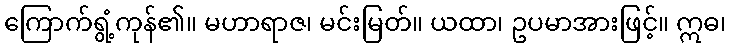
ကြောက်ရွံ့ကုန်၏။ မဟာရာဇ၊ မင်းမြတ်။ ယထာ၊ ဥပမာအားဖြင့်။ ဣဓ၊